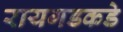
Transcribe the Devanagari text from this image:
रायगडकडे